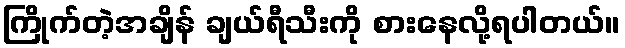
ကြိုက်တဲ့အချိန် ချယ်ရီသီးကို စားနေလို့ရပါတယ်။